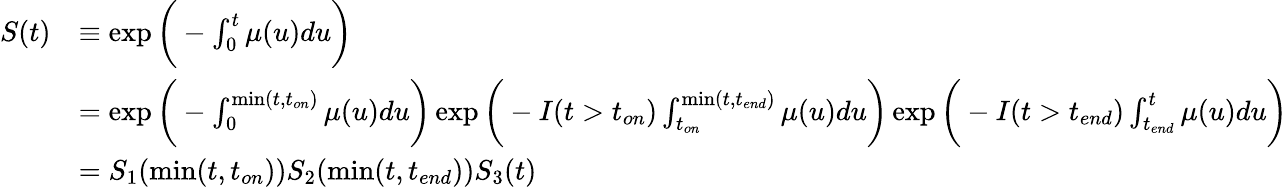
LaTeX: \begin{array}{rl}{S(t)}&{\equiv\exp{\bigg(-\int_{0}^{t}\mu(u)du\bigg)}}\\ &{=\exp{\bigg(-\int_{0}^{\mathrm{min}(t,t_{on})}\mu(u)du\bigg)}\exp{\bigg(-I(t>t_{on})\int_{t_{on}}^{\mathrm{min}(t,t_{end})}\mu(u)du\bigg)}\exp{\bigg(-I(t>t_{end})\int_{t_{end}}^{t}\mu(u)du\bigg)}}\\ &{=S_{1}(\mathrm{min}(t,t_{on}))S_{2}(\mathrm{min}(t,t_{end}))S_{3}(t)}\end{array}